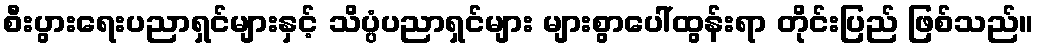
စီးပွားရေးပညာရှင်များနှင့် သိပ္ပံပညာရှင်များ များစွာပေါ်ထွန်းရာ တိုင်းပြည် ဖြစ်သည်။